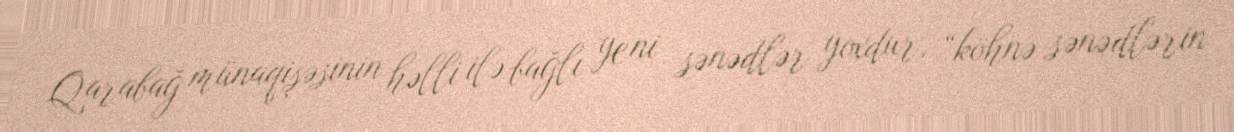
Qarabağ münaqişəsinin həlli ilə bağlı yeni sənədlər yoxdur, “köhnə sənədlərin